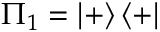
\Pi _ { 1 } = \left\vert + \right\rangle \left\langle + \right\vert